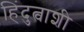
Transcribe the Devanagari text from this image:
हिंदुत्वाशी